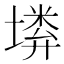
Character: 𡏰